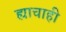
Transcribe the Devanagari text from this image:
ह्याचाही